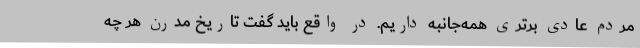
مردم عادی برتری همه‌جانبه داریم. در واقع باید گفت تاریخ مدرن هر چه